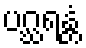
ပဂ္ဃရန္တံ